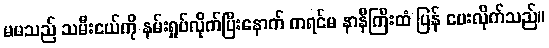
မမသည် သမီးငယ်ကို နမ်းရှုပ်လိုက်ပြီးနောက် ကရင်မ နာနီကြီးထံ ပြန် ပေးလိုက်သည်။